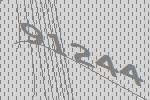
91244